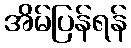
အိမ်ပြန်ရန်